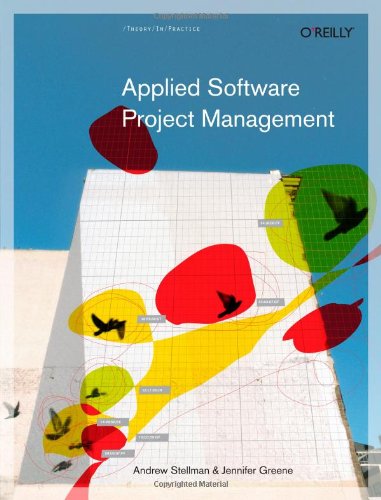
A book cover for Applied Software Project Management; Andrew Stellman; Computers & Technology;